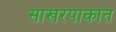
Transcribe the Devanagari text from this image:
साखरपाकात